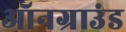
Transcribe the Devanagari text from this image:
ऑनग्राउंड